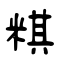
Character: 粸